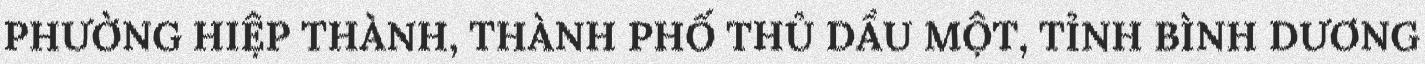
PHƯỜNG HIỆP THÀNH, THÀNH PHỐ THỦ DẦU MỘT, TỈNH BÌNH DƯƠNG